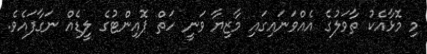
މި މޮޅާއެކު ތާވަލުގެ އެއްވަނައިގައި މާޒިޔާ ވަނީ ހަތް ޕޮއިންޓުގެ ލީޑެއް ނަގާފައެވެ.